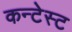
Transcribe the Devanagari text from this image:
कन्टेस्ट